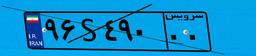
۹۶S۴۹۰۰۰